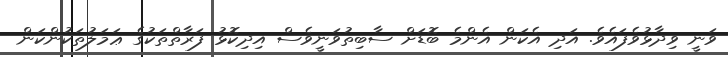
ވަނީ ވިދާޅުވެފައެވެ. އަދި އެކަން އެންމެ ބޮޑަށް ސާބިތުވަނީވެސް އިދިކޮޅު ފަރާތްތަކުގެ ޢަމަލުތަކުންކަން